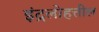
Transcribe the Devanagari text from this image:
इंद्रलोहत्तील